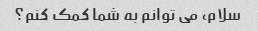
سلام، می توانم به شما کمک کنم؟